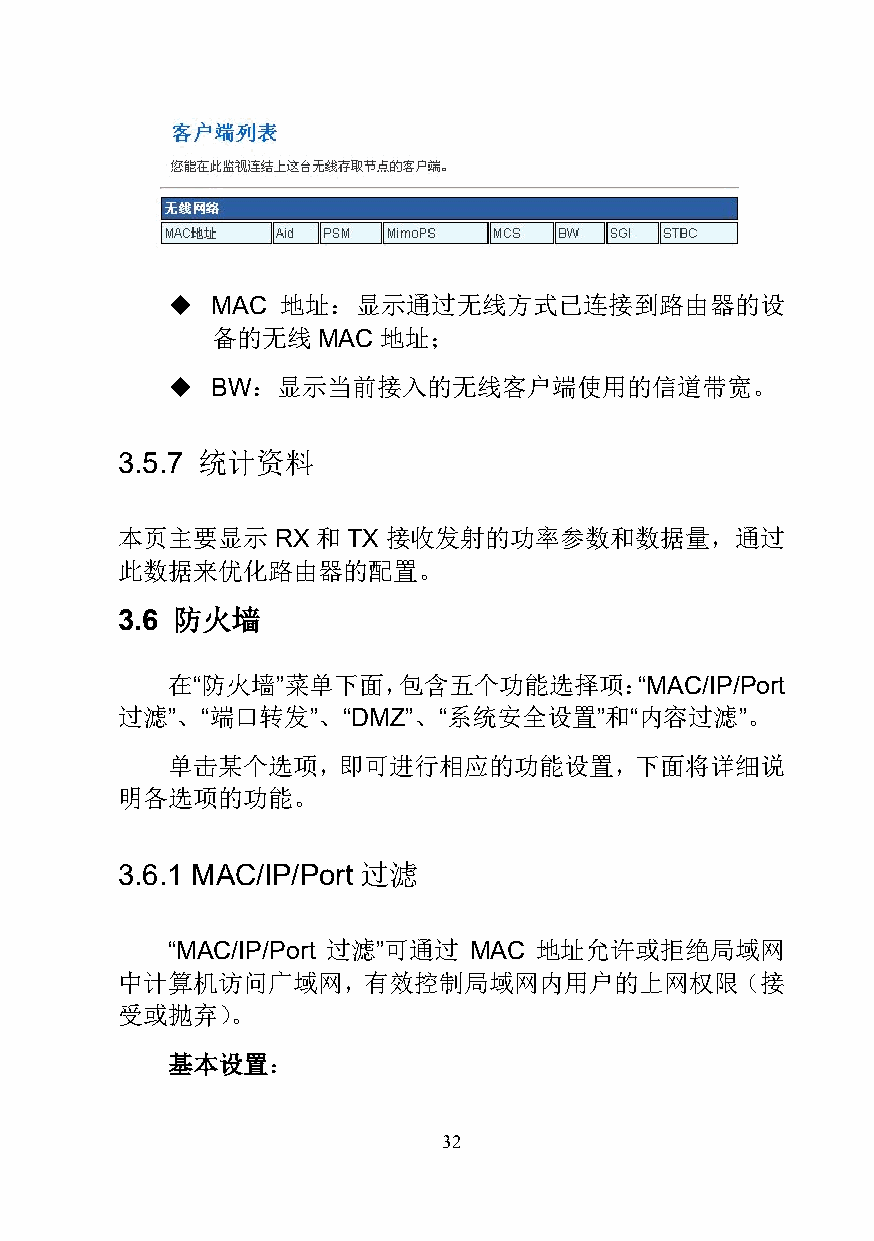
  MAC  地址：显示通过无线方式已连接到路由器的设
 备的无线   MAC地址；
   BW：显示当前接入的无线客户端使用的信道带宽。
 3.5.7 统计资料
 本页主要显示    RX 和 TX 接收发射的功率参数和数据量，通过
 此数据来优化路由器的配置。
 3.6 防火墙
 在“防火墙”菜单下面，包含五个功能选择项：“MAC/IP/Port
 过滤”、“端口转发”、“DMZ”、“系统安全设置”和“内容过滤”。
 单击某个选项，即可进行相应的功能设置，下面将详细说
 明各选项的功能。
 3.6.1 MAC/IP/Port 过滤
 “MAC/IP/Port 过滤”可通过 MAC 地址允许或拒绝局域网
 中计算机访问广域网，有效控制局域网内用户的上网权限（接
 受或抛弃）。
 基本设置：
 32